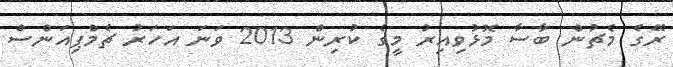
ރޭގެ މެޗުން ބާސާ މޮޅުވިއިރު މީގެ ކުރިން 2013 ވަނަ އަހަރު ޗެމްޕިއަންސް